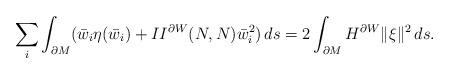
LaTeX: \begin{align*} \sum_i\int_{\partial M}(\bar w_i\eta(\bar w_i)+II^{\partial W}(N,N)\bar w_i^2)\, ds=2\int_{\partial M}H^{\partial W}\| \xi\|^2\, ds.\end{align*}